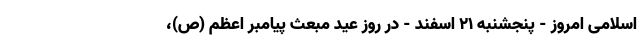
اسلامی امروز - پنجشنبه ۲۱ اسفند - در روز عید مبعث پیامبر اعظم (ص)،